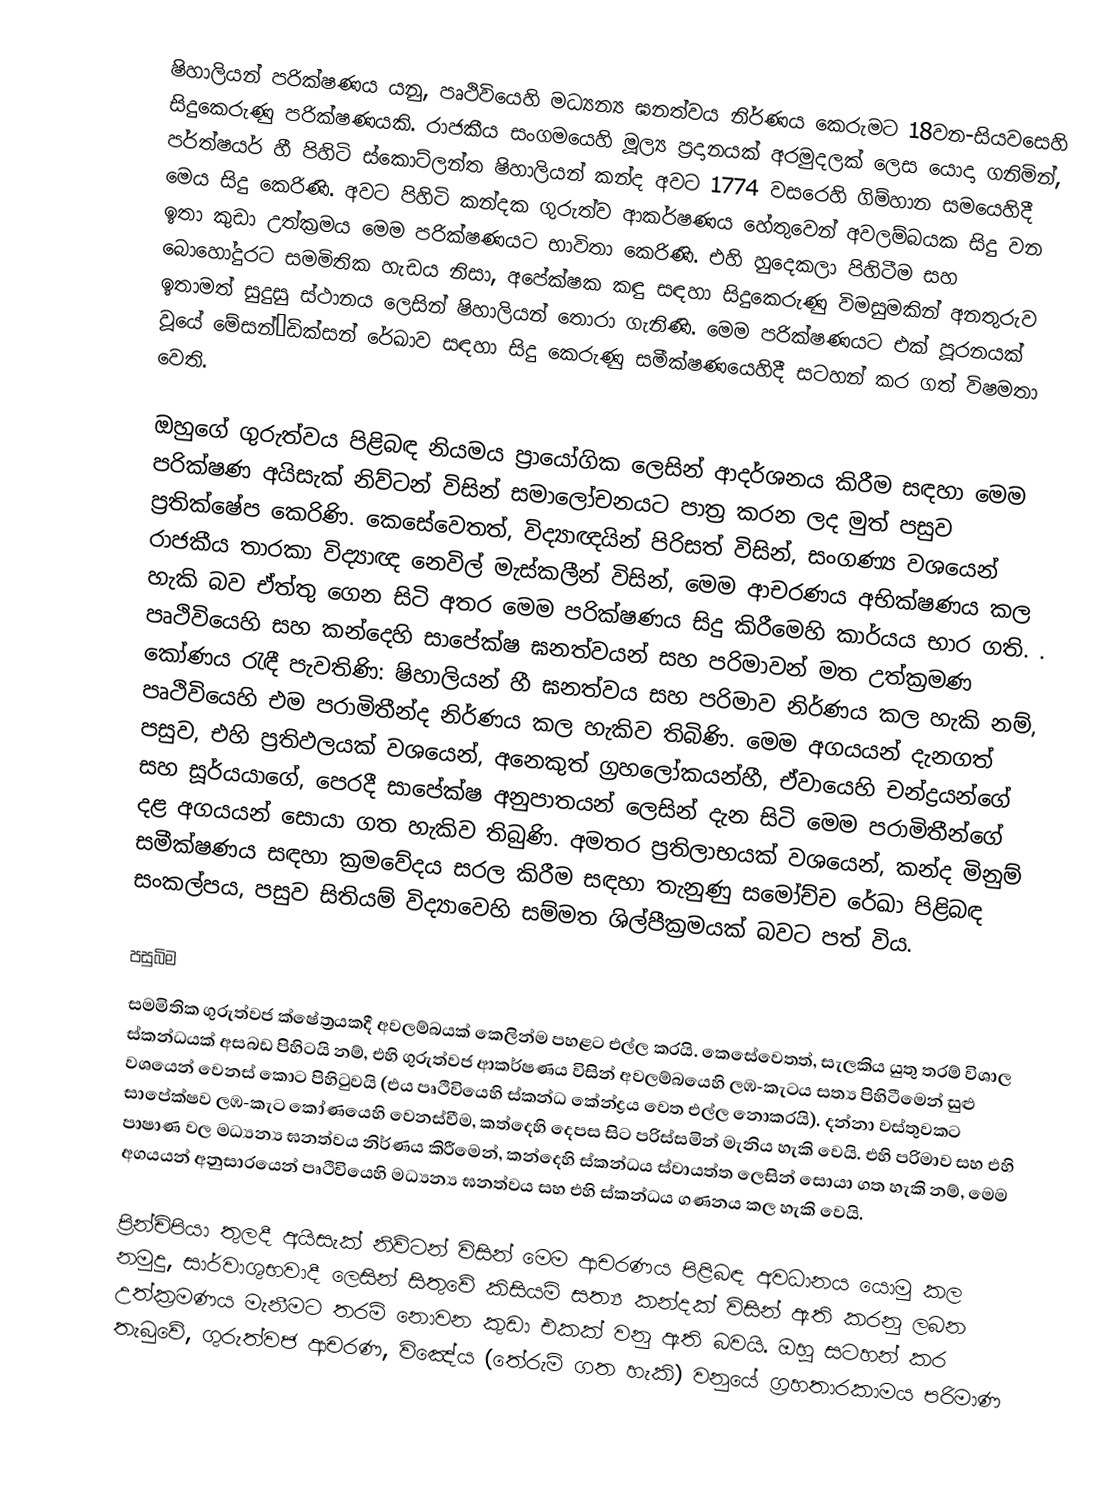
ෂිහාලියන් පරික්ෂණය යනු,  පෘථිවියෙහි මධ්‍යන්‍ය ඝනත්වය නිර්ණය කෙරුමට 18වන-සියවසෙහි සිදුකෙරුණු  පරික්ෂණයකි. රාජකීය සංගමයෙහි මූල්‍ය ප්‍රදානයක් අරමුදලක් ලෙස යොදා ගනිමින්, පර්ත්ෂයර් හී පිහිටි ස්කොට්ලන්ත ෂිහාලියන් කන්ද අවට 1774 වසරෙහි ගිම්හාන සමයෙහිදී මෙය සිදු කෙරිණි. අවට පිහිටි කන්දක ගුරුත්ව ආකර්ෂණය හේතුවෙන්  අවලම්බයක සිදු වන ඉතා කුඩා උත්ක්‍රමය මෙම පරික්ෂණයට භාවිතා කෙරිණි. එහි හුදෙකලා පිහිටීම සහ බොහෝදුරට සමමිතික හැඩය නිසා, අපේක්ෂක කඳු සඳහා සිදුකෙරුණු විමසුමකින් අනතුරුව ඉතාමත් සුදුසු ස්ථානය ලෙසින් ෂිහාලියන් තොරා ගැනිණි. මෙම පරික්ෂණයට එක් පූරනයක් වූයේ මේසන්–ඩික්සන් රේඛාව සඳහා සිදු කෙරුණු සමීක්ෂණයෙහිදී සටහන් කර ගත් විෂමතා වෙති.

ඔහුගේ ගුරුත්වය පිළිබඳ නියමය ප්‍රායෝගික ලෙසින් ආදර්ශනය කිරීම සඳහා මෙම පරික්ෂණ අයිසැක් නිව්ටන් විසින් සමාලෝචනයට පාත්‍ර කරන ලද මුත් පසුව   ප්‍රතික්ෂේප කෙරිණි. කෙසේවෙතත්, විද්‍යාඥයින් පිරිසත් විසින්, සංගණ්‍ය වශයෙන්  රාජකීය තාරකා විද්‍යාඥ නෙවිල් මැස්කලීන් විසින්, මෙම ආචරණය  අභික්ෂණය කල හැකි බව ඒත්තු ගෙන සිටි අතර මෙම පරික්ෂණය සිදු කිරීමෙහි කාර්යය භාර ගති. . පෘථිවියෙහි සහ කන්දෙහි සාපේක්ෂ ඝනත්වයන් සහ පරිමාවන් මත  උත්ක්‍රමණ කෝණය රැඳී පැවතිණි: ෂිහාලියන් හී ඝනත්වය සහ පරිමාව නිර්ණය කල හැකි නම්, පෘථිවියෙහි එම පරාමිතීන්ද නිර්ණය කල හැකිව තිබිණි. මෙම අගයයන් දැනගත් පසුව, එහි ප්‍රතිඵලයක් වශයෙන්, අනෙකුත් ග්‍රහලෝකයන්හී, ඒවායෙහි  චන්ද්‍රයන්ගේ සහ සූර්යයාගේ, පෙරදී සාපේක්ෂ අනුපාතයන් ලෙසින් දැන සිටි මෙම පරාමිතීන්ගේ දළ අගයයන් සොයා ගත හැකිව තිබුණි. අමතර ප්‍රතිලාභයක් වශයෙන්, කන්ද මිනුම් සමීක්ෂණය සඳහා ක්‍රමවේදය සරල කිරීම සඳහා තැනුණු  සමෝච්ච රේඛා පිළිබඳ සංකල්පය, පසුව  සිතියම් විද්‍යාවෙහි සම්මත ශිල්පීක්‍රමයක් බවට පත් විය.

පසුබිම
සමමිතික  ගුරුත්වජ ක්ෂේත්‍රයකදී අවලම්බයක් කෙලින්ම  පහළට එල්ල කරයි. කෙසේවෙතත්, සැලකිය යුතු තරම් විශාල ස්කන්ධයක් අසබඩ පිහිටයි නම්, එහි ගුරුත්වජ ආකර්ෂණය විසින් අවලම්බයෙහි  ලඹ-කැටය සත්‍ය පිහිටීමෙන් සුළු වශයෙන් වෙනස් කොට පිහිටුවයි (එය පෘථිවියෙහි ස්කන්ධ කේන්ද්‍රය වෙත එල්ල නොකරයි). දන්නා වස්තුවකට සාපේක්ෂව ලඹ-කැට කෝණයෙහි වෙනස්වීම, කත්දෙහි ‍දෙපස සිට පරිස්සමින් මැනිය හැකි වෙයි. එහි පරිමාව සහ එහි  පාෂාණ වල මධ්‍යන්‍ය ඝනත්වය නිර්ණය කිරීමෙන්, කන්දෙහි ස්කන්ධය ස්වායත්ත ලෙසින් සොයා ගත හැකි නම්, මෙම අගයයන් අනුසාරයෙන් පෘථිවියෙහි මධ්‍යන්‍ය ඝනත්වය සහ   එහි ස්කන්ධය ගණනය කල හැකි වෙයි.

 ප්‍රින්චිපියා තුලදී අයිසැක් නිව්ටන් විසින් මෙම ආචරණය පිළිබඳ අවධානය යොමු කල නමුදු, සාර්වාශුභවාදී ලෙසින් සිතුවේ කිසියම් සත්‍ය කන්දක් විසින් ඇති කරනු ලබන උත්ක්‍රමණය මැනීමට තරම් නොවන කුඩා එකක් වනු ඇති බවයි.  ඔහු සටහන් කර තැබුවේ, ගුරුත්වජ ආචරණ, විඤේය (තේරුම් ගත හැකි) වනුයේ ග්‍රහතාරකාමය පරිමාණ